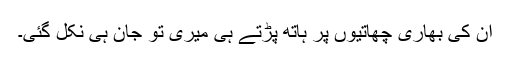
ان کی بھاری چھاتیوں پر ہاتھ پڑتے ہی میری تو جان ہی نکل گئی۔